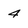
Character: 4